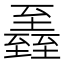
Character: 𦥏